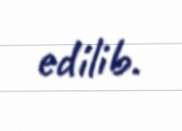
edilib.